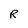
Character: R